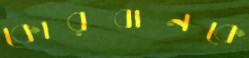
কোরবানকে